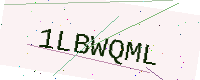
Text: 1LBWQML